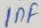
Text: 1µF